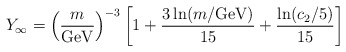
\begin{align*}Y_\infty = \left( \frac{m}{\textrm{GeV}} \right)^{-3} \left[ 1 + \frac{3 \ln(m/\textrm{GeV})}{15} + \frac{\ln(c_2/5)}{15} \right]\end{align*}